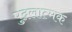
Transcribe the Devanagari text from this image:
पुद्गलात्मक